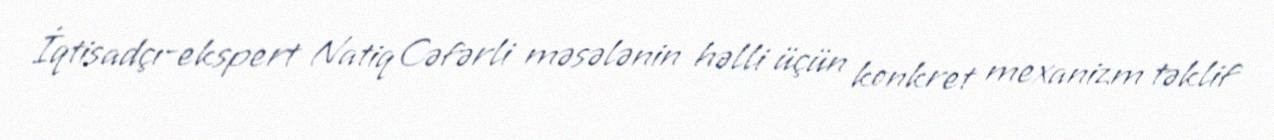
İqtisadçı-ekspert Natiq Cəfərli məsələnin həlli üçün konkret mexanizm təklif